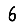
Digit: 6